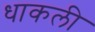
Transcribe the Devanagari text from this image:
धाकली